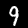
Label: 9